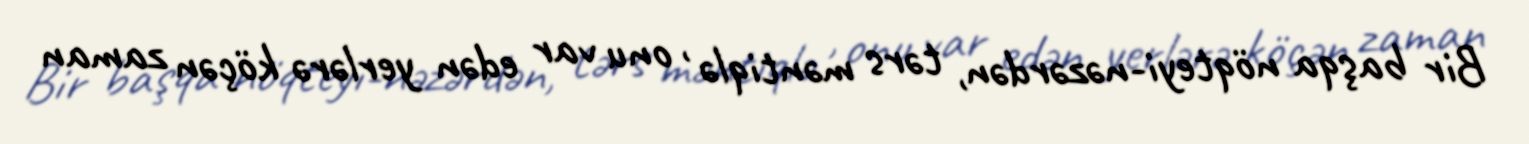
Bir başqa nöqteyi-nəzərdən, tərs məntiqlə , onu var edən yerlərə köçən zaman